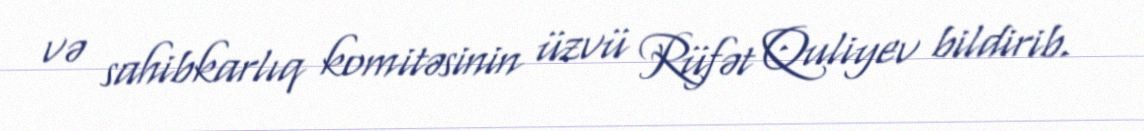
və sahibkarlıq komitəsinin üzvü Rüfət Quliyev bildirib.